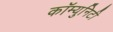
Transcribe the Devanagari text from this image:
कॉम्युनिटी